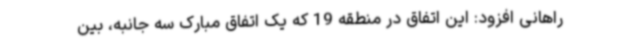
راهانی افزود: این اتفاق در منطقه 19 که یک اتفاق مبارک سه جانبه، بین